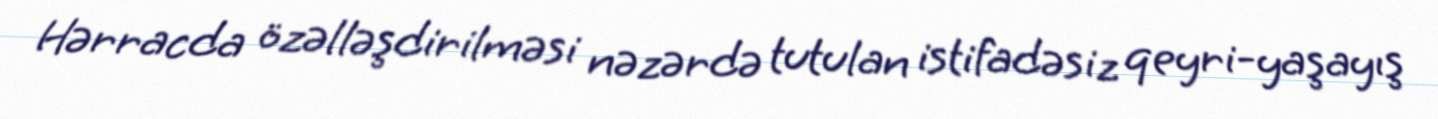
Hərracda özəlləşdirilməsi nəzərdə tutulan istifadəsiz qeyri-yaşayış